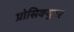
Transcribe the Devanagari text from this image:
प्रोसिक्युटर